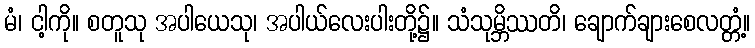
မံ၊ ငါ့ကို။ စတူသု အပါယေသု၊ အပါယ်လေးပါးတို့၌။ သံသုမ္ဘိဿတိ၊ ချောက်ချားစေလတ္တံ့။